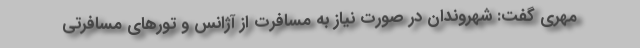
مهری گفت: شهروندان در صورت نیاز به مسافرت از آژانس و تور‌های مسافرتی